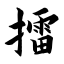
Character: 擂